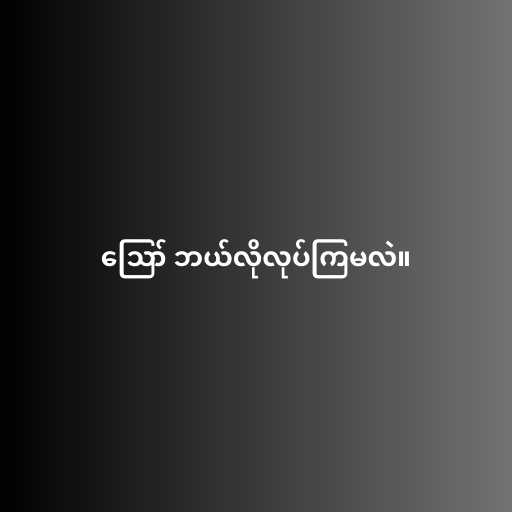
ဪ ဘယ်လိုလုပ်ကြမလဲ။